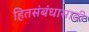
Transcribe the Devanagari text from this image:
हितसंबंधासाठी